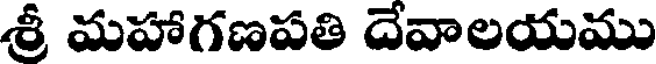
శ్రీ మహాగణపతి దేవాలయము